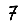
Digit: 7